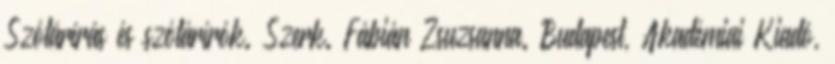
Szótárírás és szótárírók. Szerk. Fábián Zsuzsanna. Budapest, Akadémiai Kiadó,